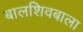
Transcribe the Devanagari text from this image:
बालशिवबाला